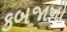
કબજાનો